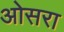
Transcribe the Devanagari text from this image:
ओसरा